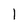
Character: 1